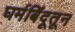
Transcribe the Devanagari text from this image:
घर्मबिंदूतून